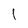
Character: 1